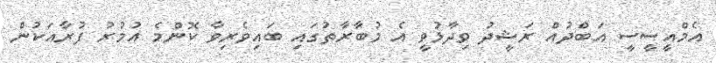
އެމްއީސީސީ އަބްދުއް ރަޝީދު ވިދާޅުވީ އެ މުބާރާތުގައި ބައިވެރިވާ ކޮންމެ އުމުރު ފުރާއަކުން